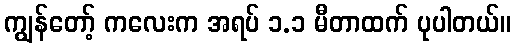
ကျွန်တော့် ကလေးက အရပ် ၁.၁ မီတာထက် ပုပါတယ်။